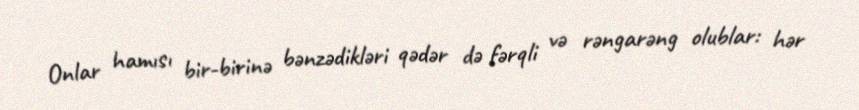
Onlar hamısı bir-birinə bənzədikləri qədər də fərqli və rəngarəng olublar: hər